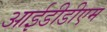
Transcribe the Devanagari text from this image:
आईडीडीएम